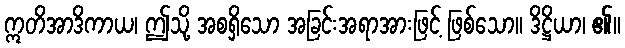
ဣတိအာဒိကာယ၊ ဤသို့ အစရှိသော အခြင်းအရာအားဖြင့် ဖြစ်သော။ ဒိဋ္ဌိယာ၊ ၏။